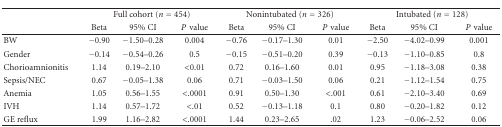
|  | <COLSPAN=3> Full cohort (n = 454) | <COLSPAN=3> Nonintubated (n = 326) | <COLSPAN=3> Intubated (n = 128) |
 |  | Beta | 95% CI | Pvalue | Beta | 95% CI | Pvalue | Beta | 95% CI | Pvalue |
 | --- | --- | --- | --- | --- | --- | --- | --- | --- | --- |
 | BW | −0.90 | −1.50–0.28 | 0.004 | −0.76 | −0.17–1.30 | 0.01 | −2.50 | −4.02–0.99 | 0.001 |
 | Gender | −0.14 | −0.54–0.26 | 0.5 | −0.15 | −0.51–0.20 | 0.39 | −0.13 | −1.10–0.85 | 0.8 |
 | Chorioamnionitis | 1.14 | 0.19–2.10 | <0.01 | 0.72 | 0.16–1.60 | 0.01 | 0.95 | −1.18–3.08 | 0.38 |
 | Sepsis/NEC | 0.67 | −0.05–1.38 | 0.06 | 0.71 | −0.03–1.50 | 0.06 | 0.21 | −1.12–1.54 | 0.75 |
 | Anemia | 1.05 | 0.56–1.55 | <.0001 | 0.91 | 0.50–1.30 | <.001 | 0.61 | −2.10–3.40 | 0.69 |
 | IVH | 1.14 | 0.57–1.72 | <.01 | 0.52 | −0.13–1.18 | 0.1 | 0.80 | −0.20–1.82 | 0.12 |
 | GE reflux | 1.99 | 1.16–2.82 | <.0001 | 1.44 | 0.23–2.65 | .02 | 1.23 | −0.06–2.52 | 0.06 |